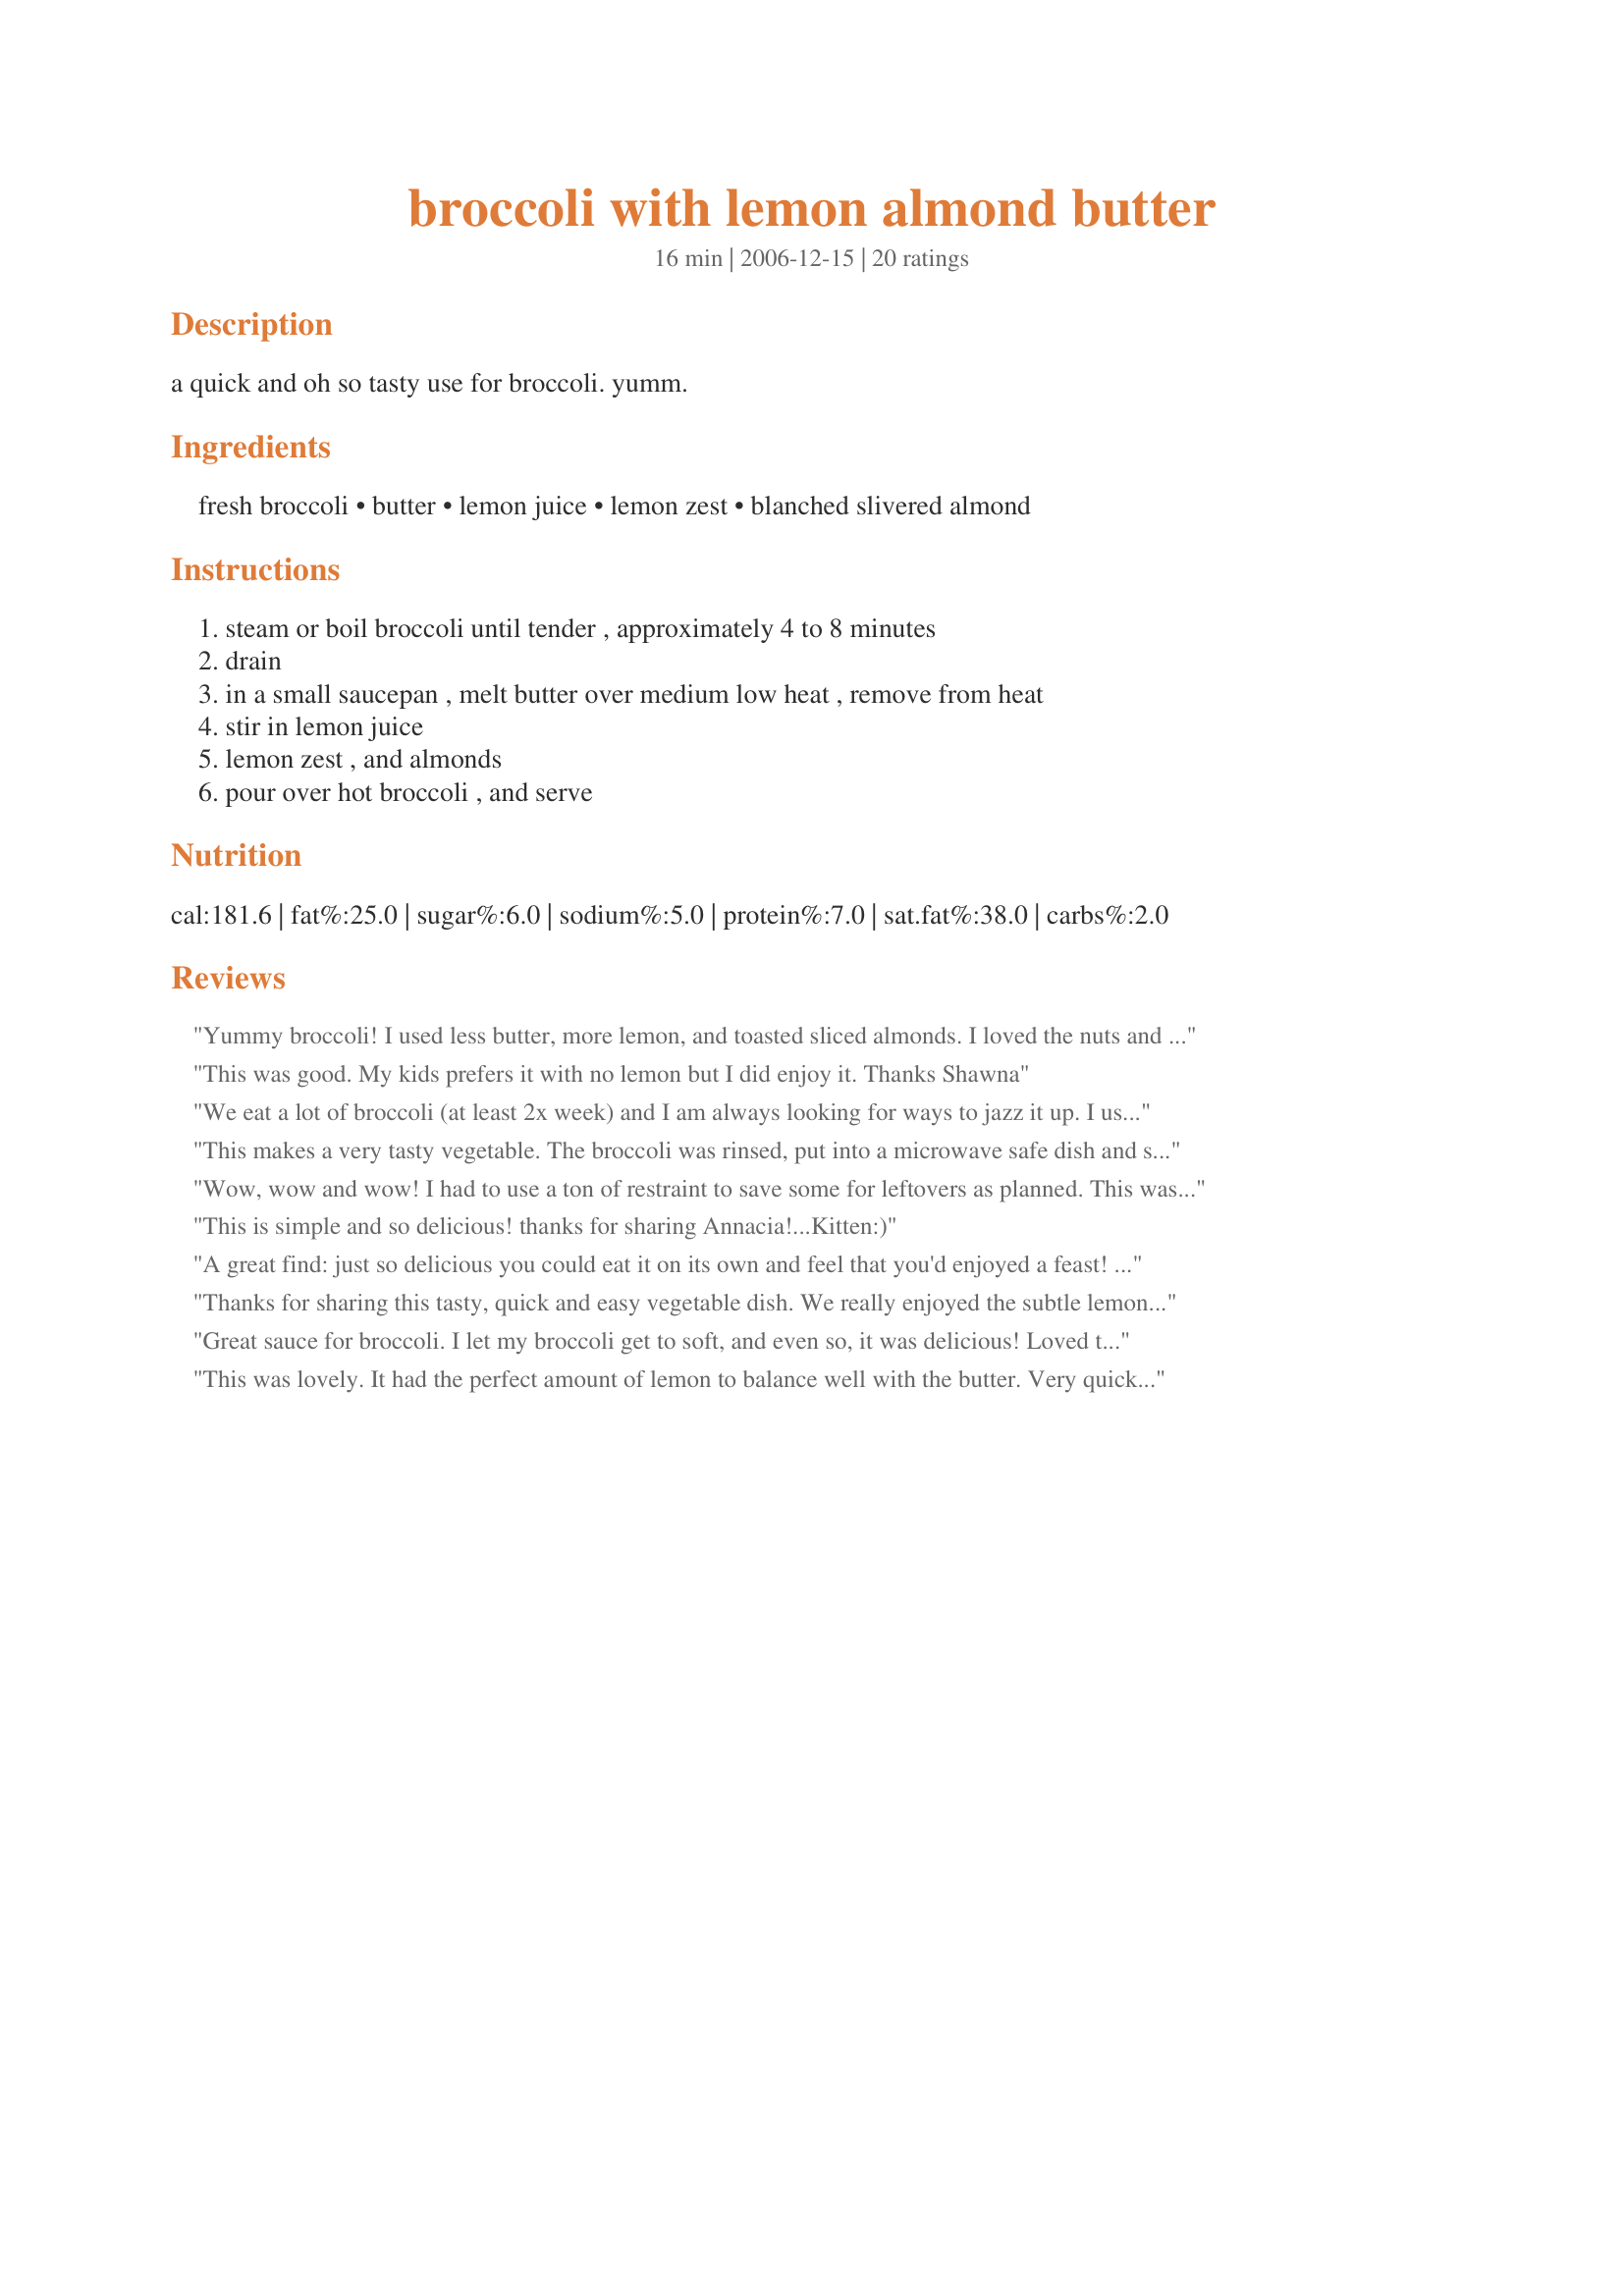
broccoli with lemon almond butter
Preparation time: 16 minutes

a quick and oh so tasty use for broccoli. yumm.

Ingredients:
fresh broccoli, butter, lemon juice, lemon zest, blanched slivered almond

Steps:
steam or boil broccoli until tender , approximately 4 to 8 minutes, drain, in a small saucepan , melt butter over medium low heat , remove from heat, stir in lemon juice, lemon zest , and almonds, pour over hot broccoli , and serve

Reviews:
Yummy broccoli! I used less butter, more lemon, and toasted sliced almonds. I loved the nuts and lemon together.
This was good. My kids prefers it with no lemon but I did enjoy it. Thanks Shawna
We eat a lot of broccoli (at least 2x week) and I am always looking for ways to jazz it up. I usually serve mine steamed, and then dress it with just a drizzle of virgin olive oil and some fresh lemon juice. I really liked the freshness that the lemon zest added and the richness of the butter... but my BF and I were not crazy about the almonds... I think next time I will make this without the nuts... just a personal preference... but the flavor was great! Thanks for sharing!!!
This makes a very tasty vegetable. The broccoli was rinsed, put into a microwave safe dish and steamed in the microwave. I reduced the butter to about 2 tablespoons and found that to be plenty. The broccoli had a light lemon flavor.
Wow, wow and wow! I had to use a ton of restraint to save some for leftovers as planned. This was really incredible and made broccoli that I usually just like into something I really loved. Amazing. Oh, and I toasted the almonds (no oil, just heated in pan until slightly browned), too, and I think it added something. I'll be making this often!
This is simple and so delicious! thanks for sharing Annacia!...Kitten:)
A great find: just so delicious you could eat it on its own and feel that you'd enjoyed a feast! I followed Maito's suggestion and changed the butter/lemon ratio slightly. And Rita's review reminded me that I had some limoncello that I hadn't used in a while so I added some of that too. I've always liked broccoli, but with this lemon almond butter: WOW! Needless to say, I'll be making this again and again. Thank you for sharing another fabulous recipe, Annacia!
Thanks for sharing this tasty, quick and easy vegetable dish. We really enjoyed the subtle lemon flavour with the broccoli.
Great sauce for broccoli. I let my broccoli get to soft, and even so, it was delicious! Loved the almonds. Thanks for sharing your recipe.
This was lovely. It had the perfect amount of lemon to balance well with the butter. Very quick and very easy. I'll definitely make it again. Made for ZWT 3. Thanks Annacia!
This is a wonderful way to make broccoli. I loved the hint of lemon and almond! Thanks for sharing.
Yes, Yum! I'd never had lemon with broccoli, and was a bit leary of it, but WOW - I think that I'll add lemon to my broccoli from now on. Thanks for a quick and easy and tasty recipe!
Loved it! Thanks for sharing!
Wonderful way to serve broccoli. As I love lemon - this was a treat for me!! Thanks Annacia for a wonderful way to serve up one of my favorite veggie!! I did like Paula, and steamed my broccoli in the microwave and I also reduced the amount of butter. I had a little butter-lemon left, and I used it on pasta, as a side dish. Mmm!!
I made this for *Zaar World Tour III* - Very yummy broccoli, whole family enjoyed the flavours of this broccoli, it was quick and simple to make. I kept to the recipe except served it without the almonds for my DD (Little Miss). Thank you Annacia
I love broccoli with lemon, so this was a sure fire hit, even before I made it. A nice side dish for almost any meal. Reviewed for ZWT3
Very nice flavor, easy to prepare. I enjoyed the lemony flavor and the nuts in this, although next time I would toast the nuts first. I used some lovely fresh purple sprouting broccoli in this and the sauce was a nice accompaniment.
Very good! I mixed some limoncello in the butter sauce as well.
Great lunch for me today. I used about half the amount of butter called for and used left over steamed broccoli re heated and it worked great. Made for ZWT 3!
Has all our favorites ingredients so of course we loved! Simple plus healthy. Thanks Annacia for sharing.
